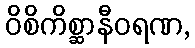
ဝိစိကိစ္ဆာနီဝရဏ,